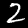
Label: 2